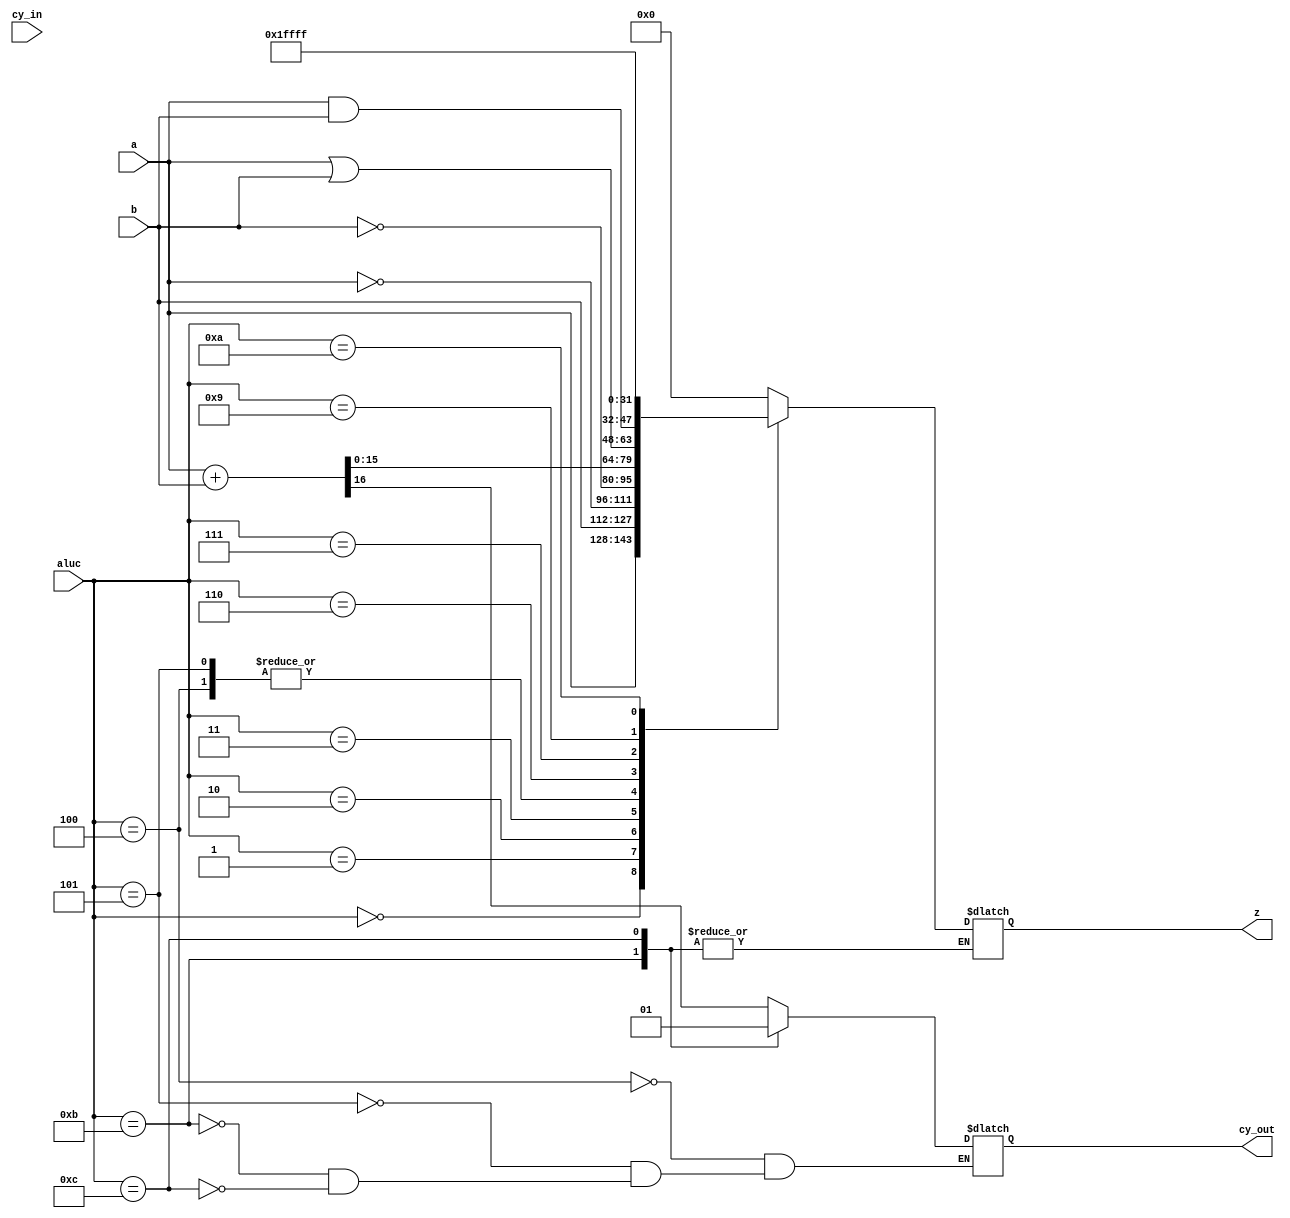
module ALU ( input [15:0] b,
				 input [15:0] a,
				 input [3:0] aluc,
				 input cy_in,
				 output reg [15:0] z,
				 output reg cy_out
				 );
	
	always @ (b, a, aluc) begin

		case(aluc)
			4'b0000 : z = a;
			4'b0001 : z = b;
			4'b0010 : z = ~a;
			4'b0011 : z = ~b;
			4'b0100 : {cy_out, z} = a + b; 
			4'b0101 : {cy_out, z} = a + b;// + cy_in; //Temporally disabled
			4'b0110 : z = a | b;
			4'b0111 : z = a & b; 
			4'b1000 : z = 0; 
			4'b1001 : z = 1; 
			4'b1010 : z = 16'hFFFF;
			4'b1011 : cy_out = 0;
			4'b1100 : cy_out = 1;
			default : z = 0;

		endcase
		
	end		
				 
endmodule